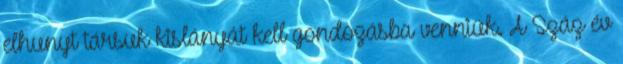
elhunyt társuk kislányát kell gondozásba venniük. A Száz év